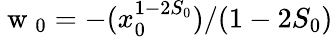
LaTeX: \mathrm{~w~}_{0}=-(x_{0}^{1-2S_{0}})/(1-2S_{0})